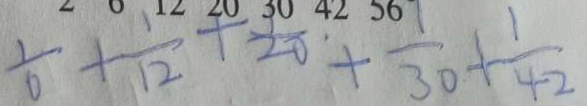
\frac { 1 } { 6 } + \frac { 1 } { 1 2 } + \frac { 1 } { 2 0 } + \frac { 1 } { 3 0 } + \frac { 1 } { 4 2 }